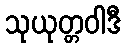
သုယုတ္တဝါဒီ